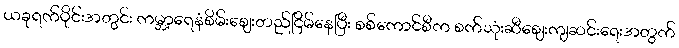
ယခုရက်ပိုင်းအတွင်း ကမ္ဘာ့ရေနံစိမ်းစျေးတည်ငြိမ်နေပြီး စစ်ကောင်စီက စက်သုံးဆီစျေးကျဆင်းရေးအတွက်